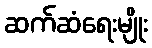
ဆက်ဆံရေးမျိုး